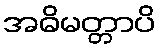
အဓိမတ္တာပိ